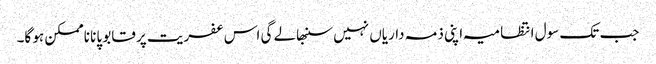
جب تک سول انتظامیہ اپنی ذمہ داریاں نہیں سنبھالے گی اس عفریت پر قابو پانا ناممکن ہو گا۔